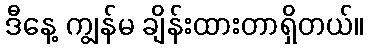
ဒီနေ့ ကျွန်မ ချိန်းထားတာရှိတယ်။